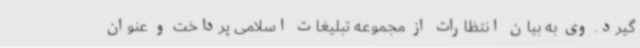
گیرد. وی به بیان انتظارات از مجموعه تبلیغات اسلامی پرداخت و عنوان